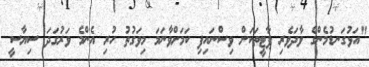
"އަޅުގަނޑުމެންގެ ވާދަވެރި ޕާޓީތަކަށް ވިސްނައިފި ކަމަށްވާނަމަ މިވަގުތު ހުރި އެންމެ ވަރުގަދަ ސިޔާސީ